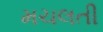
મચલતી